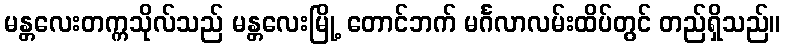
မန္တလေးတက္ကသိုလ်သည် မန္တလေးမြို့ တောင်ဘက် မင်္ဂလာလမ်းထိပ်တွင် တည်ရှိသည်။